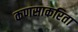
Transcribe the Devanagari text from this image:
कणसाकरिता